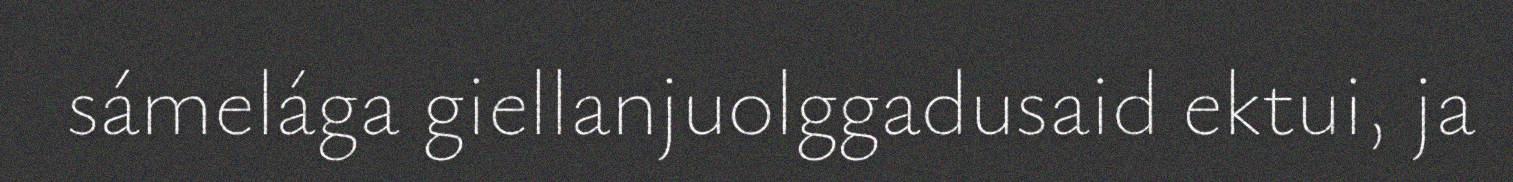
sámelága giellanjuolggadusaid ektui, ja